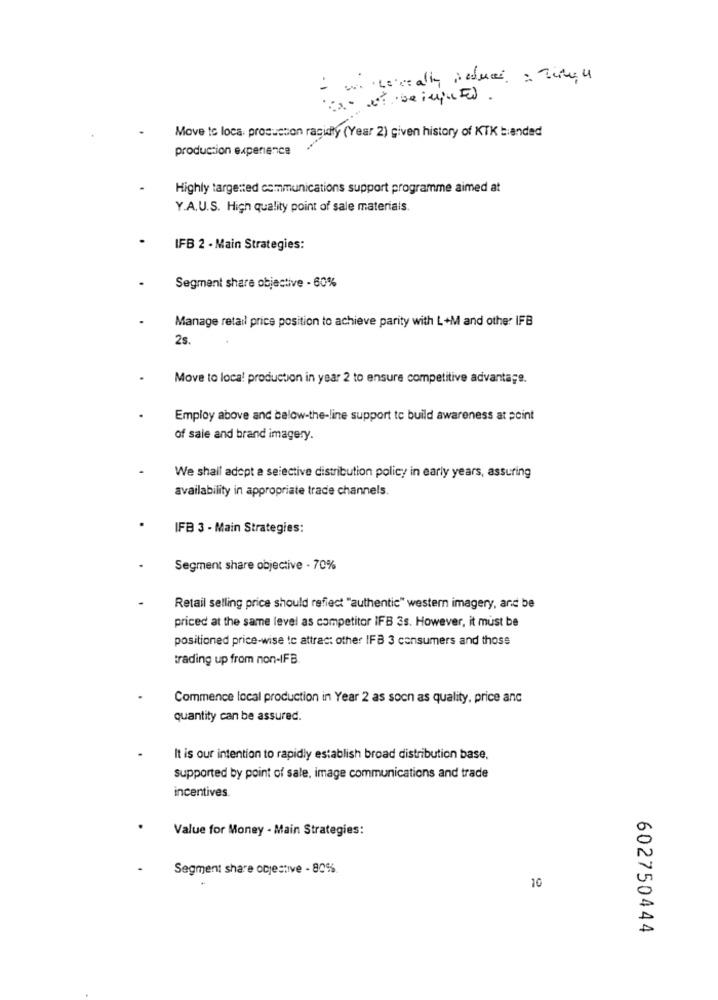
to- of beingused .
Move to loca, production ragidiy (Year 2) given history of KTK b:anded
production experience
Highly targeted communications support programme aimed at
Y.A.U.S. High quality point of sale materials.
IFB 2 - Main Strategies:
Segment share objective - 60%
Manage retail price position to achieve parity with L+M and other IFB
2s.
Move to loca! production in year 2 to ensure competitive advantage.
Employ above and below-the-line support to build awareness at point
of sale and brand imagery.
We shall adopt a seiective distribution policy in early years, assuring
availability in appropriate trade channels.
IFB 3 - Main Strategies:
Segment share objective - 70%
Retail selling price should reflect "authentic" western imagery, and be
priced at the same level as competitor IFB 3s. However, it must be
positioned price-wise to attract other IFB 3 consumers and thoss
trading up from non-IFB.
Commence local production in Year 2 as soon as quality, price and
quantity can be assured.
It is our intention to rapidly establish broad distribution base,
Supported by point of sale, image communications and trade
incentives.
Value for Money - Main Strategies:
Segment share objective - 80%
10
602750444